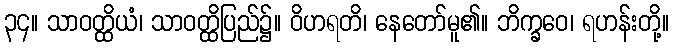
၃၄။ သာဝတ္ထိယံ၊ သာဝတ္ထိပြည်၌။ ဝိဟရတိ၊ နေတော်မူ၏။ ဘိက္ခဝေ၊ ရဟန်းတို့။